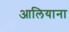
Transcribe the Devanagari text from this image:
आलियाना